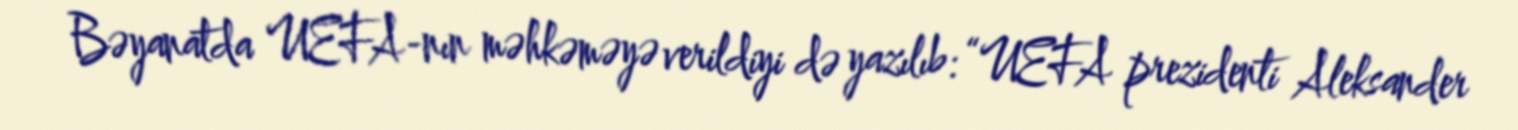
Bəyanatda UEFA-nın məhkəməyə verildiyi də yazılıb: “UEFA prezidenti Aleksander